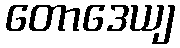
တောဒေယျ